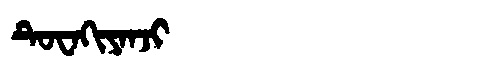
Manchu: ᡨᡠᠸᠠᡴᡳᠶᠠᠨᠵᡳ
Romanization: TUWAKIYANJI